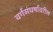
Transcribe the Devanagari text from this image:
वर्गसंघर्षावरील